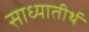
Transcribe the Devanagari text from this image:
साध्यातीर्थ